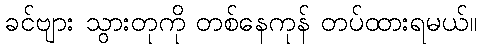
ခင်ဗျား သွားတုကို တစ်နေကုန် တပ်ထားရမယ်။